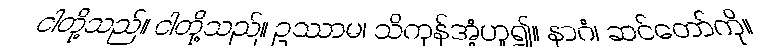
ငါတို့သည်။ ငါတို့သည်။ ဥဿာမ၊ သိကုန်အံ့ဟူ၍။ နာဂံ၊ ဆင်တော်ကို။